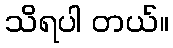
သိရပါ တယ်။